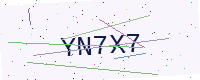
Text: YN7X7